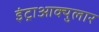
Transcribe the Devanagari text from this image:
इंट्राआक्युलार